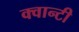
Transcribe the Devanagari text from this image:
क्वान्टी